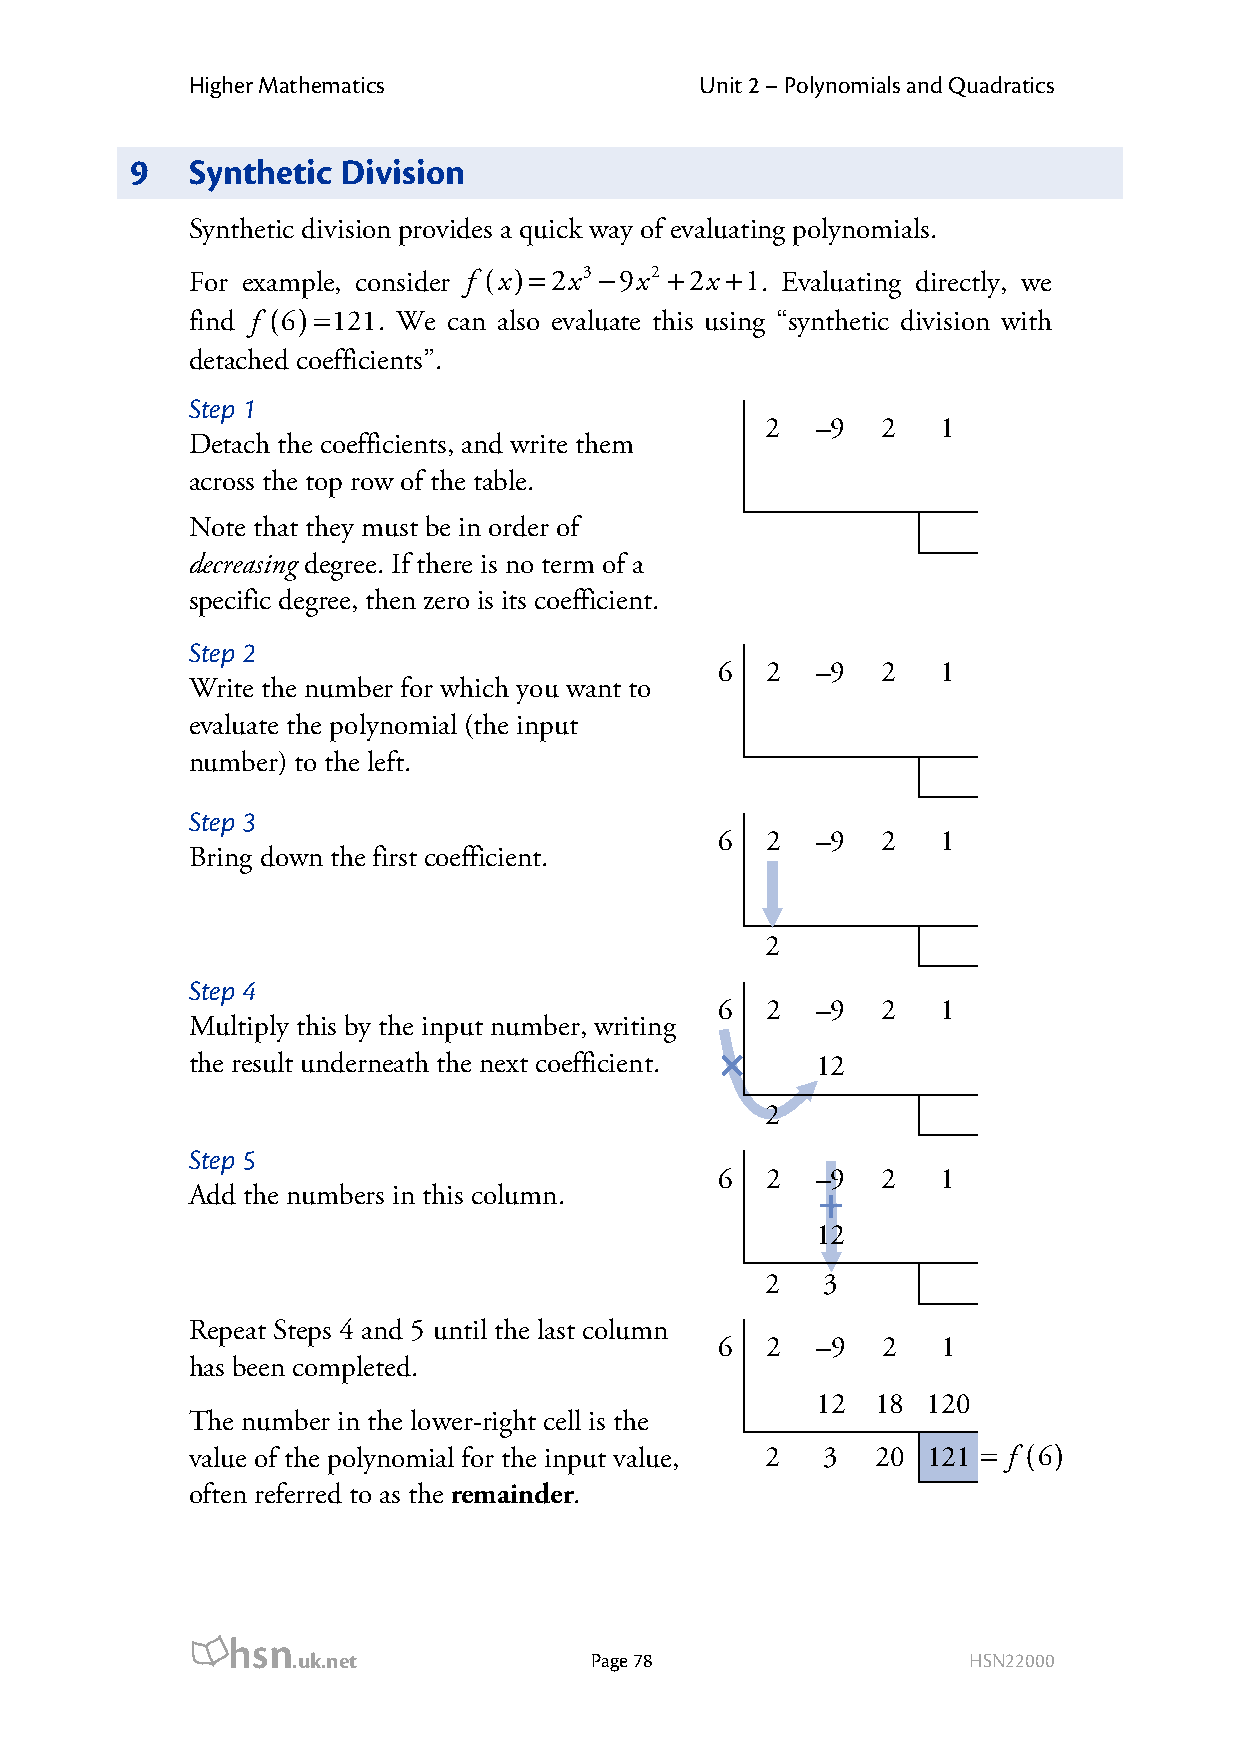
Higher Mathematics               Unit 2 – Polynomials and Quadratics
 9   Synthetic Division
 Synthetic division provides a quick way of evaluating polynomials.
 For example, consider f (x)=2x3 −9x2 +2x +1. Evaluating directly, we
 find f (6)=121. We can also evaluate this using “synthetic division with
 detached coefficients”.
 Step 1
 2  –9  2   1
 Detach the coefficients, and write them
 across the top row of the table.
 Note that they must be in order of
 decreasing degree. If there is no term of a
 specific degree, then zero is its coefficient.
 Step 2
 6  2  –9  2   1
 Write the number for which you want to
 evaluate the polynomial (the input
 number) to the left.
 Step 3
 6  2  –9  2   1
 Bring down the first coefficient.
 2
 Step 4
 6  2  –9  2   1
 Multiply this by the input number, writing ×
 the result underneath the next coefficient. 12
 2
 Step 5
 +
 6  2  –9  2   1
 Add the numbers in this column.
 12
 2   3
 Repeat Steps 4 and 5 until the last column
 6  2  –9  2   1
 has been completed.
 12  18 120
 The number in the lower-right cell is the
 value of the polynomial for the input value, 2 3 20 121 = f (6)
 often referred to as the remainder.
 hsn
 .uk.net             Page 78                  HSN22000